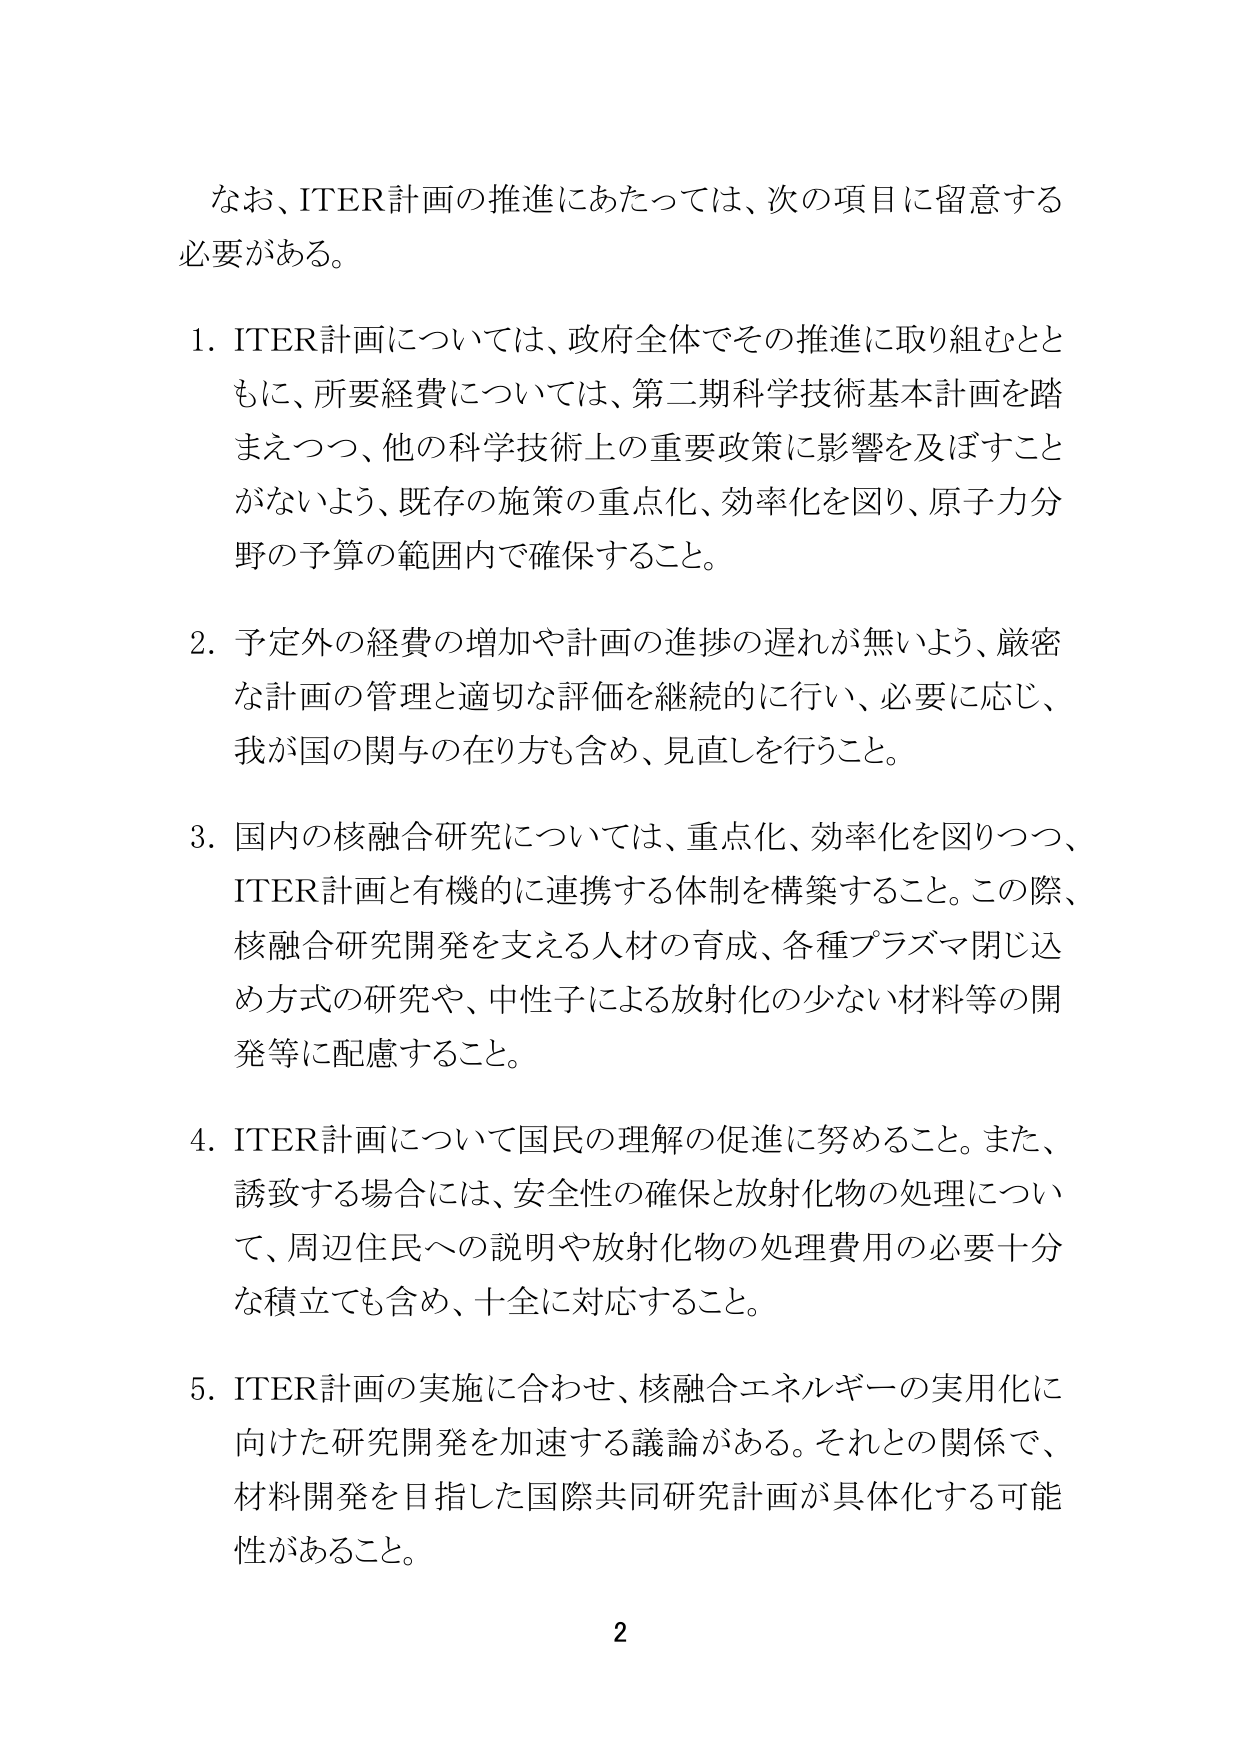
なお、ITER計画の推進にあたっては、次の項目に留意する必要がある。

1. ITER計画については、政府全体でその推進に取り組むとともに、所要経費については、第二期科学技術基本計画を踏まえつつ、他の科学技術上の重要政策に影響を及ぼすことがないよう、既存の施策の重点化、効率化を図り、原子力分野の予算の範囲内で確保すること。

2. 予定外の経費の増加や計画の進捗の遅れが無いよう、厳密な計画の管理と適切な評価を継続的に行い、必要に応じ、我が国の関与の在り方も含め、見直しを行うこと。

3. 国内の核融合研究については、重点化、効率化を図りつつ、ITER計画と有機的に連携する体制を構築すること。この際、核融合研究開発を支える人材の育成、各種プラズマ閉じ込め方式の研究や、中性子による放射化の少ない材料等の開発等に配慮すること。

4. ITER計画について国民の理解の促進に努めること。また、誘致する場合には、安全性の確保と放射化物の処理について、周辺住民への説明や放射化物の処理費用の必要十分な積立ても含め、十全に対応すること。

5. ITER計画の実施に合わせ、核融合エネルギーの実用化に向けた研究開発を加速する議論がある。それとの関係で、材料開発を目指した国際共同研究計画が具体化する可能性があること。

2